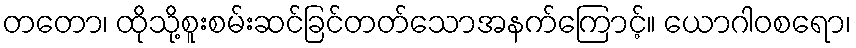
တတော၊ ထိုသို့စူးစမ်းဆင်ခြင်တတ်သောအနက်ကြောင့်။ ယောဂါဝစရော၊